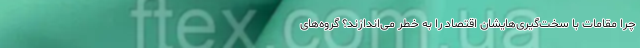
چرا مقامات با سخت‌گیری‌هایشان اقتصاد را به خطر می‌اندازند؟ گروه‌های